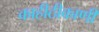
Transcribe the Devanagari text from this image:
काहीठीकाणी